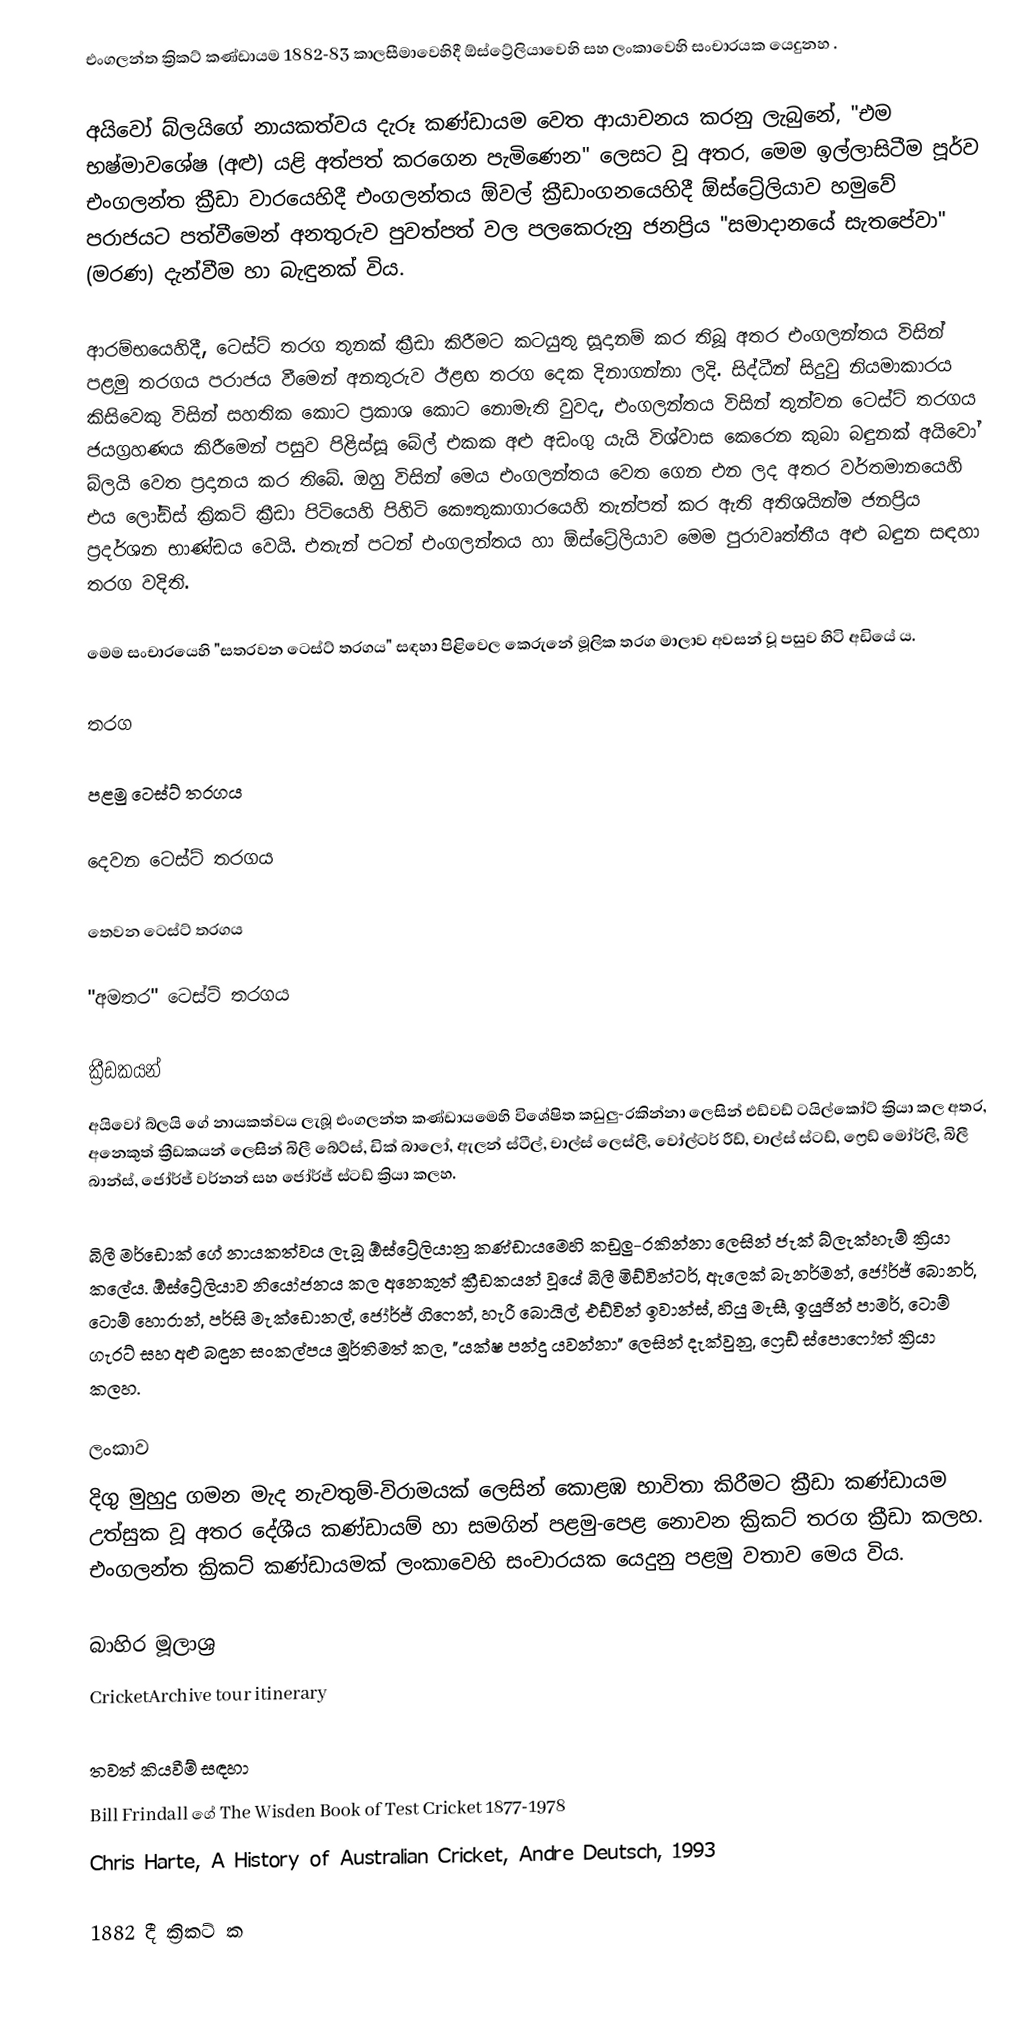
එංගලන්ත ක්‍රිකට් කණ්ඩායම 1882-83 කාලසීමාවෙහිදී ඕස්ට්‍රේලියාවෙහි සහ ලංකාවෙහි සංචාරයක යෙදුනහ .

අයිවෝ බ්ලයිගේ නායකත්වය දැරූ කණ්ඩායම වෙත ආයාචනය කරනු ලැබුනේ, "එම භෂ්මාවශේෂ (අළු) යළි අත්පත් කරගෙන පැමිණෙන" ලෙසට වූ අතර, මෙම ඉල්ලාසිටීම පූර්ව එංගලන්ත ක්‍රීඩා වාරයෙහිදී එංගලන්තය  ඕවල් ක්‍රීඩාංගනයෙහිදී ඕස්ට්‍රේලියාව  හමුවේ පරාජයට පත්වීමෙන් අනතුරුව පුවත්පත් වල පලකෙරුනු ජනප්‍රිය "සමාදානයේ සැතපේවා" (මරණ) දැන්වීම හා බැඳුනක් විය.

ආරම්භයෙහිදී, ටෙස්ට් තරග තුනක් ක්‍රීඩා කිරීමට කටයුතු සූදානම් කර තිබූ අතර එංගලන්තය විසින් පළමු තරගය පරාජය වීමෙන් අනතුරුව ඊළඟ තරග දෙක දිනාගන්නා ලදි.  සිද්ධීන් සිදුවු නියමාකාරය කිසිවෙකු විසින් සහතික කොට ප්‍රකාශ කොට නොමැති වුවද, එංගලන්තය විසින් තුන්වන ටෙස්ට් තරගය ජයග්‍රහණය කිරීමෙන් පසුව පිළිස්සූ බේල් එකක අළු අඩංගු යැයි විශ්වාස කෙරෙන කුබා බඳුනක් අයිවෝ බ්ලයි වෙත ප්‍රදානය කර තිබේ.  ඔහු විසින් මෙය එංගලන්තය වෙත ගෙන එන ලද අතර වර්තමානයෙහි එය ලෝඩ්ස් ක්‍රිකට් ක්‍රීඩා පිටියෙහි පිහිටි කෞතුකාගාරයෙහි තැන්පත් කර ඇති අතිශයින්ම ජනප්‍රිය ප්‍රදර්ශන භාණ්ඩය වෙයි.  එතැන් පටන් එංගලන්තය හා ඕස්ට්‍රේලියාව මෙම පුරාවෘත්තීය අළු බඳුන සඳහා තරග වදිති.

මෙම සංචාරයෙහි "සතරවන ටෙස්ට් තරගය" සඳහා පිළිවෙල කෙරුනේ මූලික තරග මාලාව අවසන් වූ පසුව හිටි අඩියේ ය.

තරග

පළමු ටෙස්ට් තරගය

දෙවන ටෙස්ට් තරගය

තෙවන ටෙස්ට් තරගය

"අමතර" ටෙස්ට් තරගය

ක්‍රීඩකයන්
අයිවෝ බ්ලයි ගේ නායකත්වය ලැබූ  එංගලන්ත කණ්ඩායමෙහි විශේෂිත කඩුලු-රකින්නා ලෙසින්   එඩ්වඩ්  ටයිල්කෝට් ක්‍රියා කල අතර, අනෙකුත් ක්‍රීඩකයන් ලෙසින් බිලී බේට්ස්, ඩික් බාලෝ, ඇලන් ස්ටීල්, චාල්ස් ලෙස්ලී, වෝල්ටර් රීඩ්, චාල්ස් ස්ටඩ්, ෆ්‍රෙඩ් මෝර්ලි, බිලී  බාන්ස්, ජෝර්ජ් වර්නන් සහ  ජෝර්ජ් ස්ටඩ් ක්‍රියා කලහ.

බිලී  මර්ඩොක් ගේ නායකත්වය ලැබූ ඕස්ට්‍රේලියානු කණ්ඩායමෙහි කඩුලු-රකින්නා ලෙසින් ජැක්  බ්ලැක්හැම් ක්‍රියා කලේය. ඕස්ට්‍රේලියාව නියෝජනය කල අනෙකුත් ක්‍රීඩකයන් වූයේ  බිලී මිඩ්වින්ටර්, ඇලෙක්  බැනර්මන්, ජෝර්ජ් බොනර්, ටොම්  හොරාන්, පර්සි මැක්ඩොනල්, ජෝර්ජ් ගිෆෙන්, හැරී බොයිල්, එඩ්වින් ඉවාන්ස්, හියු මැසී, ඉයුජින් පාමර්, ටොම් ගැරට් සහ  අළු බඳුන සංකල්පය මූර්තිමත් කල, "යක්ෂ පන්දු යවන්නා" ලෙසින් දැක්වුනු, ෆ්‍රෙඩ් ස්පොෆෝත් ක්‍රියා කලහ.

ලංකාව
දිගු මුහුදු ගමන මැද නැවතුම්-විරාමයක් ලෙසින් කොළඹ භාවිතා කිරීමට ක්‍රීඩා කණ්ඩායම උත්සුක වූ අතර දේශීය කණ්ඩායම් හා සමගින් පළමු-පෙළ නොවන ක්‍රිකට් තරග ක්‍රීඩා කලහ.  එංගලන්ත ක්‍රිකට් කණ්ඩායමක් ලංකාවෙහි සංචාරයක යෙදුනු පළමු වතාව මෙය විය.

බාහිර  මූලාශ්‍ර
 CricketArchive tour itinerary

තවත් කියවීම් සඳහා
 Bill Frindall ගේ The Wisden Book of Test Cricket 1877-1978
 Chris Harte, A History of Australian Cricket, Andre Deutsch, 1993

1882 දී ක්‍රිකට් ක